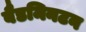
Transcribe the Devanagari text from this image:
बैडमिनटन